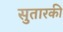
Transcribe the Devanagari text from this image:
सुतारकी